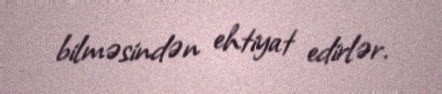
bilməsindən ehtiyat edirlər.